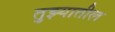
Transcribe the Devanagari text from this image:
तुझ्यातील